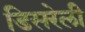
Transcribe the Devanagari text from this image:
डिसरेली